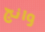
وانج